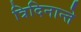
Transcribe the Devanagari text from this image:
त्रिदिनान्ते